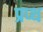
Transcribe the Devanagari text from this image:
प्रप्थ